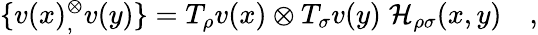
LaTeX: \{ v(x){}_{,}^{\otimes}v(y)\} =T_{\rho}v(x)\otimes T_{\sigma}v(y)\; {\cal H}_{\rho\sigma}(x,y)\quad,